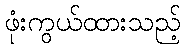
ဖုံးကွယ်ထားသည့်